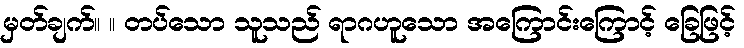
မှတ်ချက်။ ။ တပ်သော သူသည် ရာဂဟူသော အကြောင်းကြောင့် ခြေဖြင့်